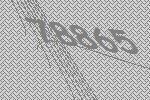
78865